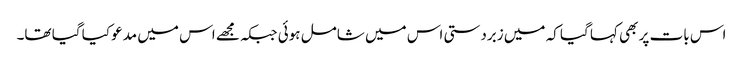
اس بات پر بھی کہا گیا کہ میں زبردستی اس میں شامل ہوئی جبکہ مجھے اس میں مدعو کیا گیا تھا۔